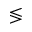
\lessgtr